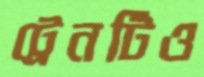
ট্রেনটিও